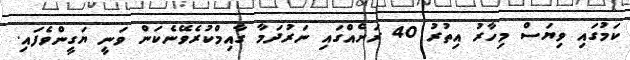
ކަމުގައި ވިޔަސް މިހާރު އިތުރު 40 ރަށެއްގައި ނަރުދަމާ ގާއިމްކުރެވޭނެކަން ވަނީ ޔަގީންވެފައި.